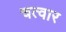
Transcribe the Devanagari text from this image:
चत्वार